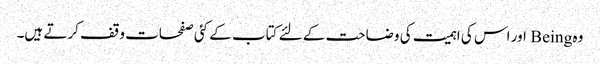
وہ Being اور اس کی اہمیت کی وضاحت کے لئے کتاب کے کئی صفحات وقف کرتے ہیں۔